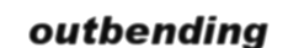
outbending